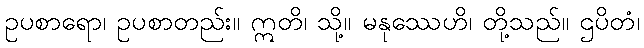
ဥပစာရော၊ ဥပစာတည်း။ ဣတိ၊ သို့။ မနုဿေဟိ၊ တို့သည်။ ဌပိတံ၊